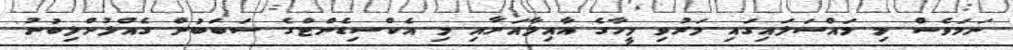
ނަމަވެސް މި މައްސަލައިގައި މަރުވި މީހާގެ އާއިލާއަށާއި މި އެކްސިޑެންޓްގެ ސަބަބުން ގެއްލުންލިބުނު